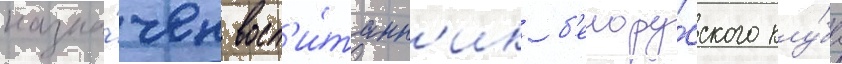
назна́чен восп'и́танн'ик б'елору́сского клу́ба